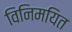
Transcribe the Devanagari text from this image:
विनिमयित